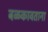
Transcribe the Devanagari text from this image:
बळकावताना